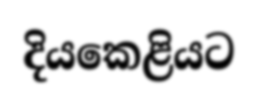
දියකෙළියට